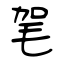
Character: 毠